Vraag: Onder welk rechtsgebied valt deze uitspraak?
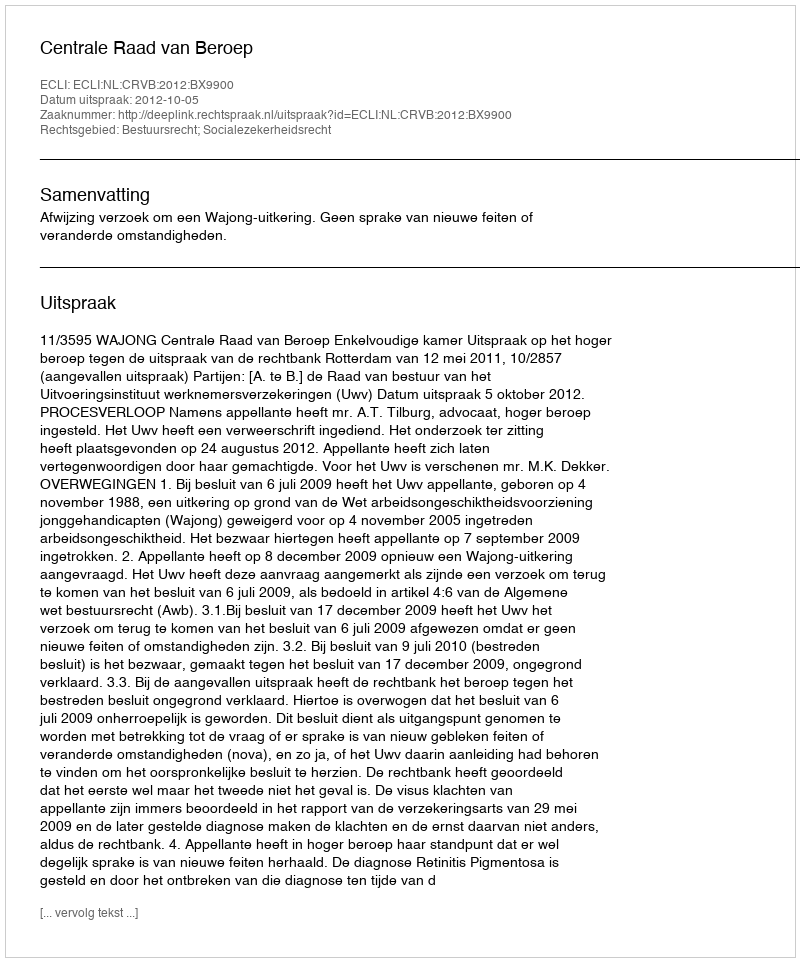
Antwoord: Bestuursrecht; Socialezekerheidsrecht